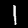
Label: 1